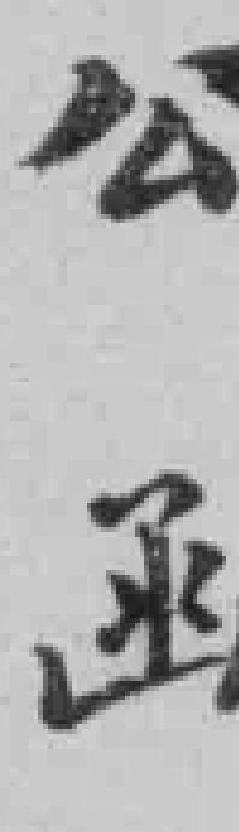
公函